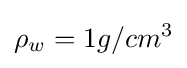
\rho _{w}=1g/cm^{3}